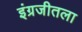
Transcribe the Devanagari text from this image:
इंग्रजीतला